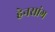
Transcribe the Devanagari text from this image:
हेनसांग